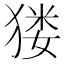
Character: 𤠋